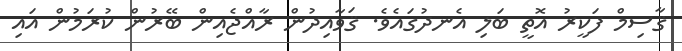
ޤާސިމް ފަކީރު އޮތީ ބަލި އެނދުގައެވެ. ޤަވާއިދުން ރާއްޖެއިން ބޭރުން ކުރަމުން އައި